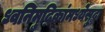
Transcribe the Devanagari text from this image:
ध्वनिमुद्रिकांमध्येसुद्धा